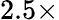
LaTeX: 2.5\times